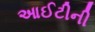
આઈટીની